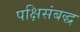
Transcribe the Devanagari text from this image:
पक्षिसंबद्ध